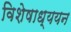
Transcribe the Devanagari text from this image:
विशेषाध्ययन